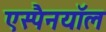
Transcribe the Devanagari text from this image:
एस्पैनयॉल